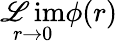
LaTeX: \operatorname*{\mathscr{L}im}_{r\to0}\phi(r)